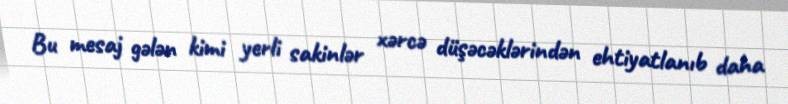
Bu mesaj gələn kimi yerli sakinlər xərcə düşəcəklərindən ehtiyatlanıb daha